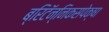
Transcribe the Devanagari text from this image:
ब्रिटॅन्निकसपेक्षा